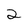
Character: 2